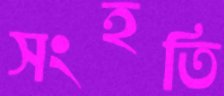
সংহতি